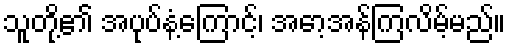
သူတို့၏ အပုပ်နံ့ကြောင့်၊ အော့အန်ကြလိမ့်မည်။